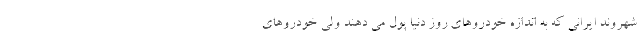
شهروند ایرانی که به اندازه خودروهای روز دنیا پول می دهند ولی خودروهای